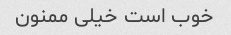
خوب است خیلی ممنون